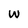
Character: W